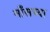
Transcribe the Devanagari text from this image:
माँसच्या